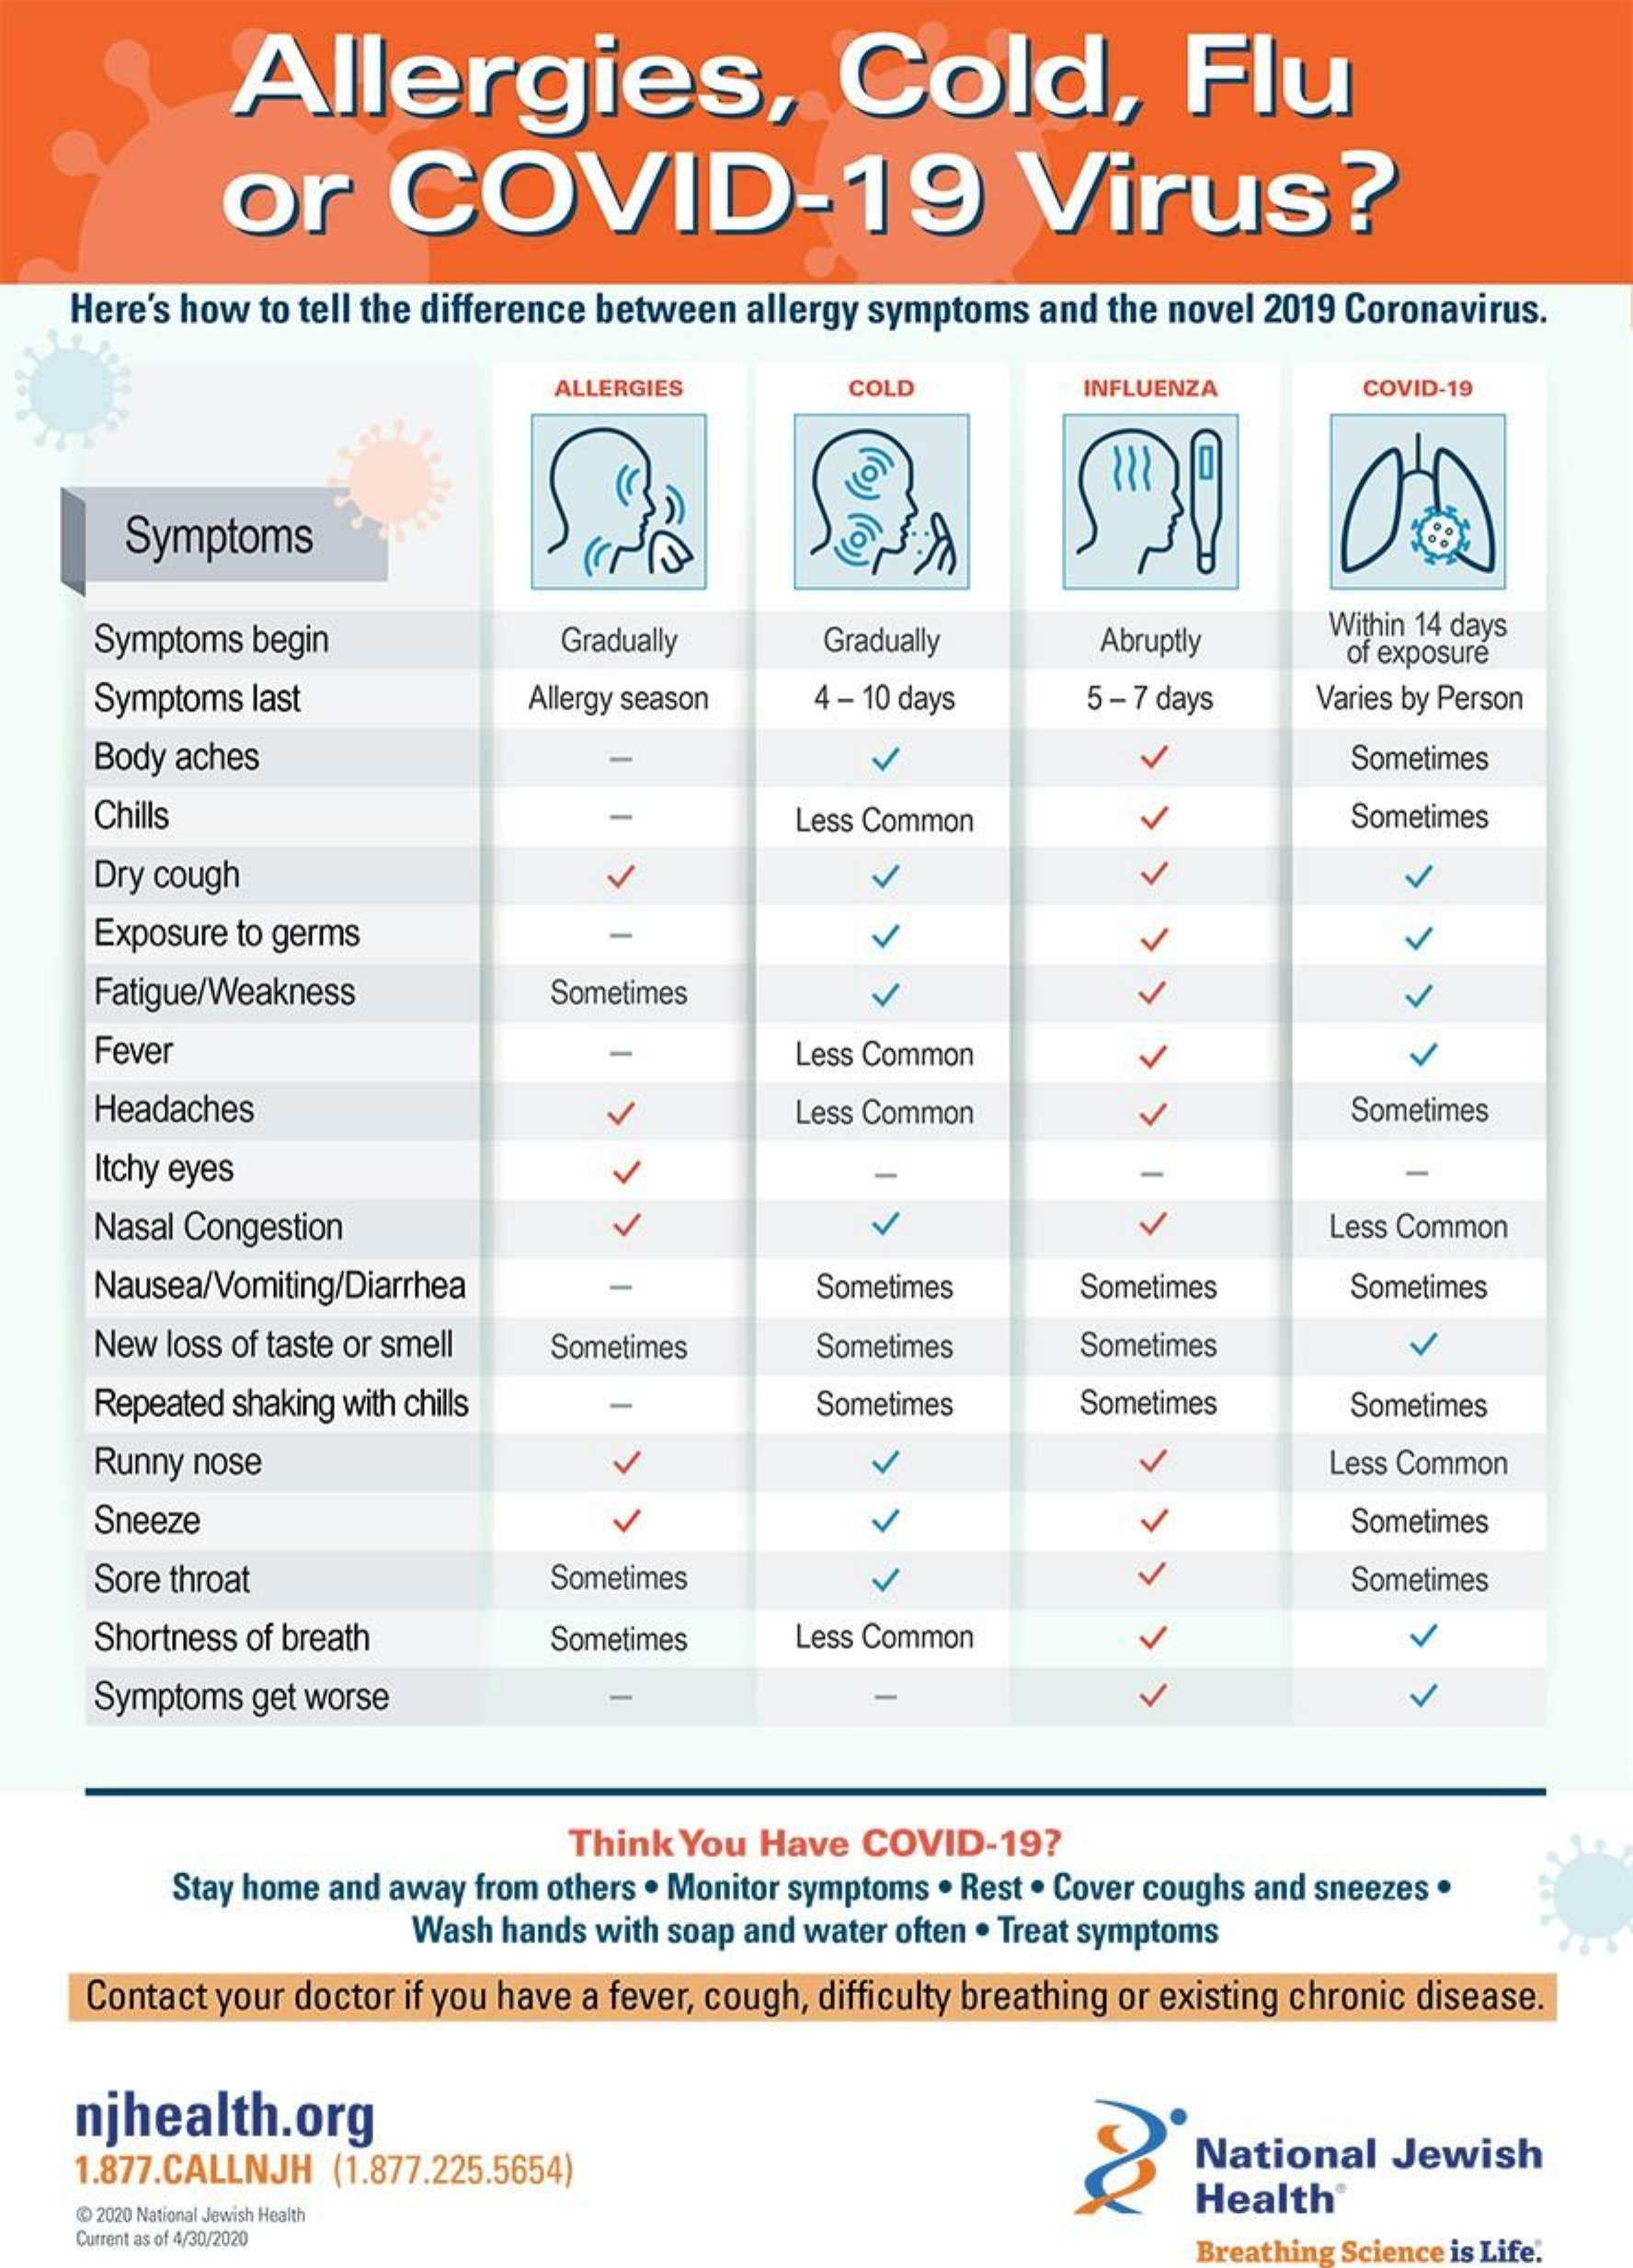
Allergies,    Cold,    Flu
     or    COVID-19    Virus?
    Here's how to tell the difference between allergy symptoms and the novel 2019 Coronavirus.
     ALLERGIES    COLD    INFLUENZA    COVID-19
     (o)
     Symptoms
     Symptoms begin    Gradually    Gradually    Abruptly
     Within 14 days
     of exposure
     Symptoms last    Allergy season  4 - 10 days    5-7 days    Varies by Person
     Body aches    Sometimes
     Chills    Less Common    V    Sometimes
     Dry cough
     Exposure to germs    -
     Fatigue/Weakness    Sometimes
     Fever    -    Less Common
     Headaches    > Less Common Sometimes
     Itchy eyes
     Nasal Congestion    Less Common
     Nausea/Vomiting/Diarrhea    Sometimes    Sometimes    Sometimes
     New loss of taste or smell Sometimes    Sometimes    Sometimes
     Repeated shaking with chills    Sometimes    Sometimes    Sometimes
     Runny nose    Less Common
     Sneeze    V    Sometimes
     Sore throat    Sometimes    Sometimes
     Shortness of breath    Sometimes    Less Common
     Symptoms get worse
     Think You Have  COVID-19?
     Stay home and away from others . Monitor symptoms . Rest . Cover coughs and sneezes .
     Wash hands with soap and water often . Treat symptoms
     Contact your doctor if you have a fever, cough, difficulty breathing or existing chronic disease.
    njhealth.org
     1.877.CALLNJH (1.877.225.5654)    National   Jewish
     @ 2020 National Jewish Health
     Health®
     Current as of 4/30/2020    Breathing Science is Life.